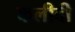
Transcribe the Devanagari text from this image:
कलीदी